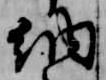
納